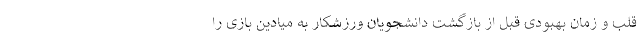
قلب و زمان بهبودی قبل از بازگشت دانشجویان ورزشکار به میادین بازی را